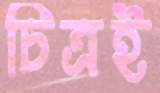
চিত্রই